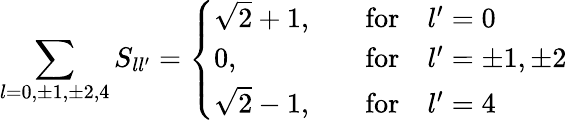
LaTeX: \sum_{l=0,\pm 1,\pm 2,4}S_{ll^{\prime}}=\left\{ \begin{array}{ll}{{\sqrt{2}+1,}}&{{\quad\mathrm{for}\quad l^{\prime}=0}}\\ {{0,}}&{{\quad\mathrm{for}\quad l^{\prime}=\pm 1,\pm 2}}\\ {{\sqrt{2}-1,}}&{{\quad\mathrm{for}\quad l^{\prime}=4}}\end{array}\right.